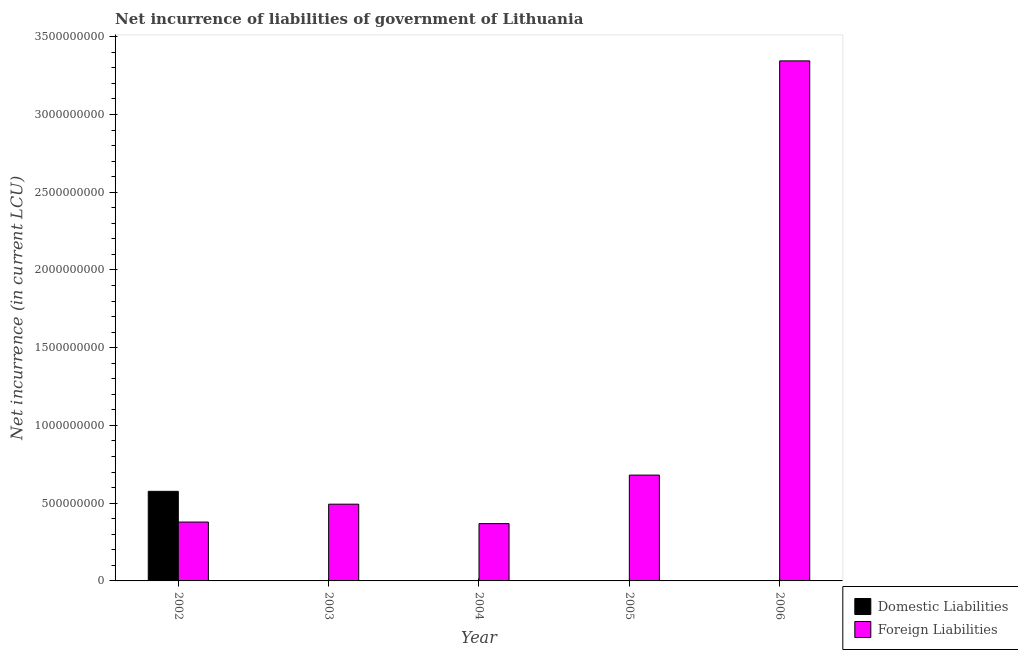
| Year | Domestic Liabilities | Foreign Liabilities |
 | --- | --- | --- |
 | 2002 | 5.76e+08 | 3.79e+08 |
 | 2003 | -4.39e+08 | 4.94e+08 |
 | 2004 | -1.87e+08 | 3.68e+08 |
 | 2005 | -6.17e+07 | 6.81e+08 |
 | 2006 | -2.73e+09 | 3.34e+09 |